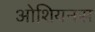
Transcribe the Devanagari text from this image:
ओशियनस